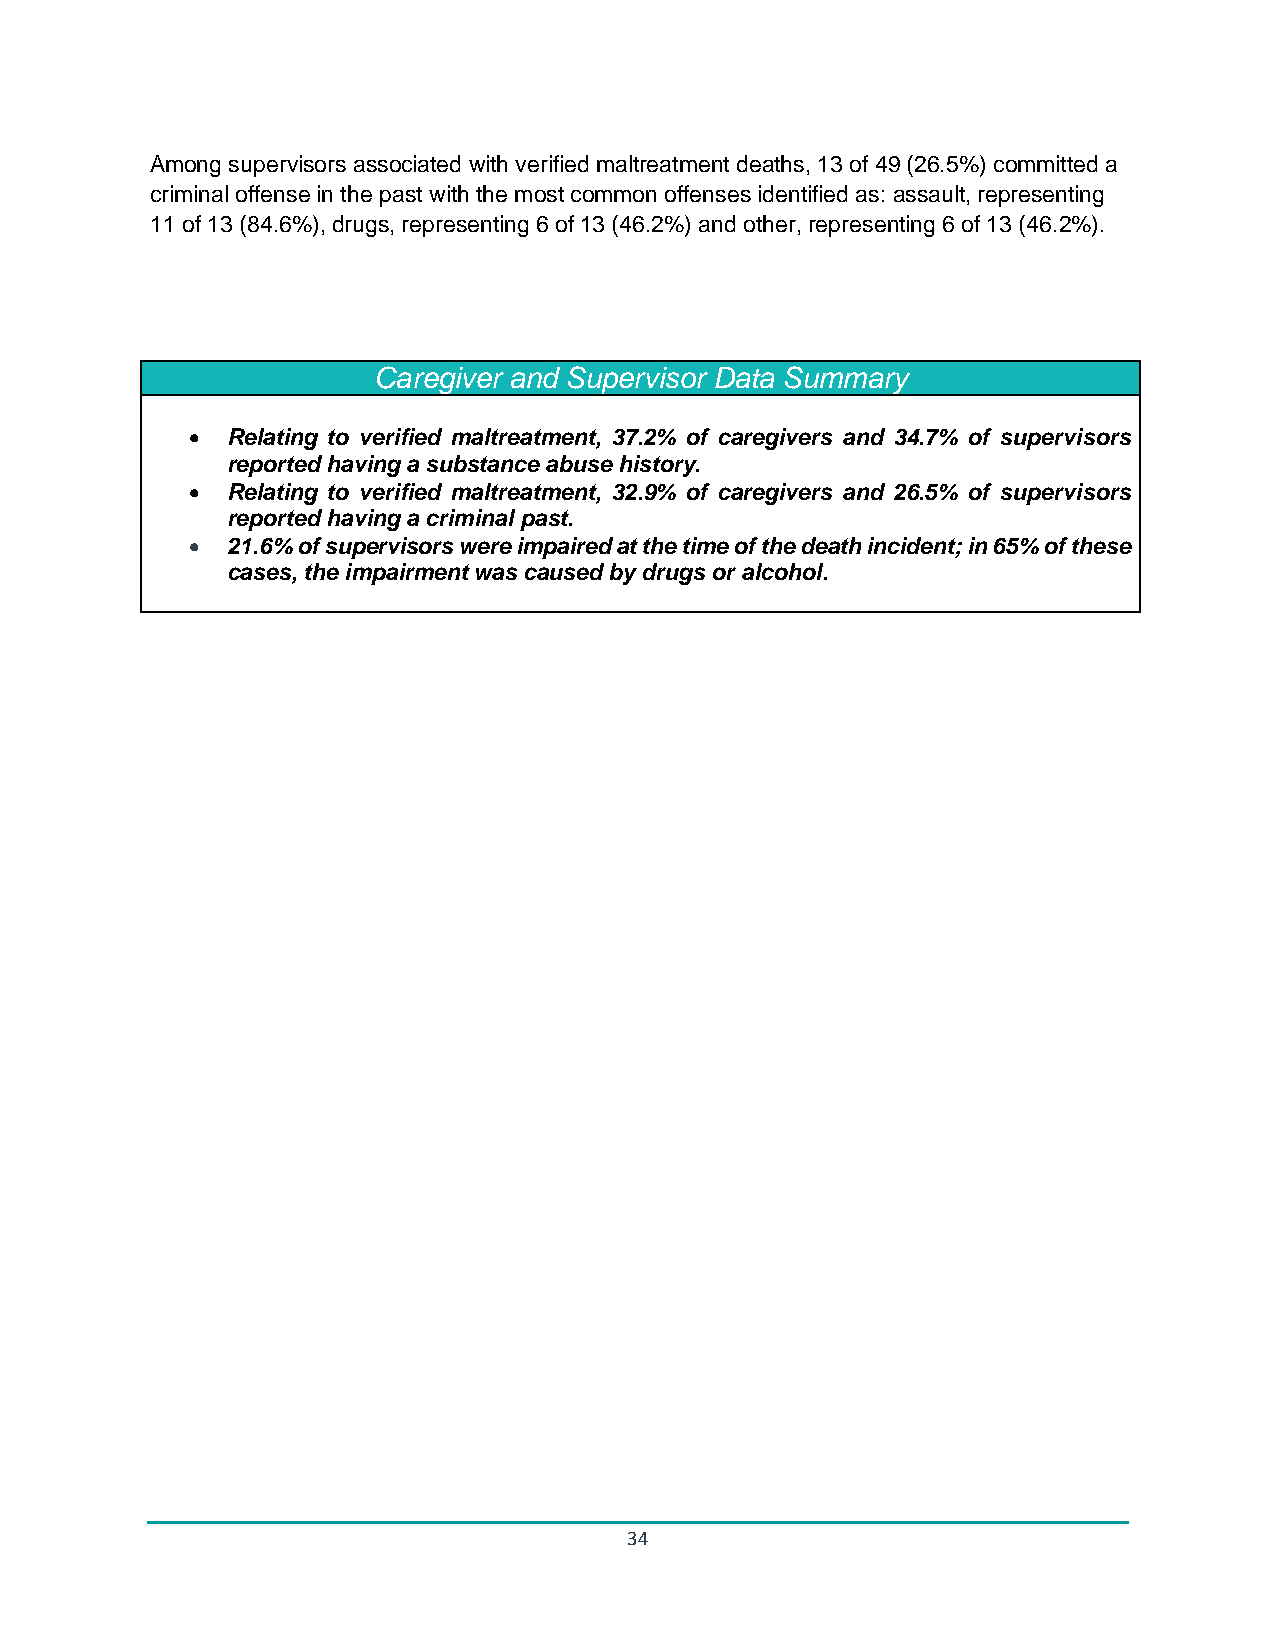
Among supervisors associated with verified maltreatment deaths, 13 of 49 (26.5%) committed a
 criminal offense in the past with the most common offenses identified as: assault, representing
 11 of 13 (84.6%), drugs, representing 6 of 13 (46.2%) and other, representing 6 of 13 (46.2%).
 Caregiver and Supervisor Data Summary
 • Relating to verified maltreatment, 37.2% of caregivers and 34.7% of supervisors
 reported having a substance abuse history.
 • Relating to verified maltreatment, 32.9% of caregivers and 26.5% of supervisors
 reported having a criminal past.
 • 21.6% of supervisors were impaired at the time of the death incident; in 65% of these
 cases, the impairment was caused by drugs or alcohol.
 34